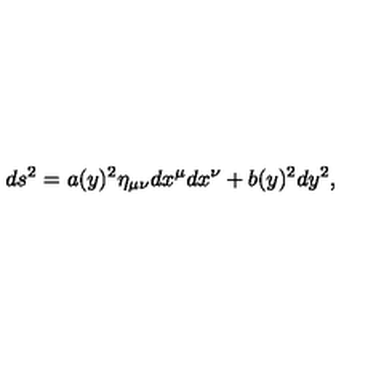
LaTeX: d s ^ { 2 } = a ( y ) ^ { 2 } \eta _ { \mu \nu } d x ^ { \mu } d x ^ { \nu } + b ( y ) ^ { 2 } d y ^ { 2 } ,